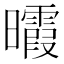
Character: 𣌊